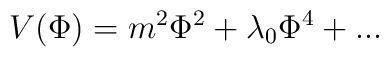
V(\Phi) = m^2 \Phi^2 + \lambda_0 \Phi^4 + ...